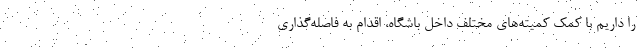
را داریم با کمک کمیته‌های مختلف داخل باشگاه، اقدام به فاصله‌گذاری